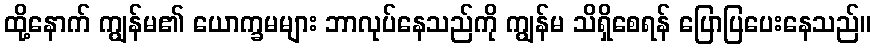
ထို့နောက် ကျွန်မ၏ ယောက္ခမများ ဘာလုပ်နေသည်ကို ကျွန်မ သိရှိစေရန် ပြောပြပေးနေသည်။